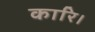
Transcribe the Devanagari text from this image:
कारि।